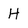
Character: H